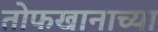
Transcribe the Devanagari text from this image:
तोफखानाच्या